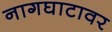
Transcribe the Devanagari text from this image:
नागघाटावर